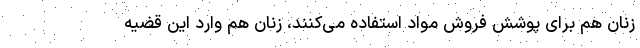
زنان هم برای پوشش فروش مواد استفاده می‌کنند، زنان هم وارد این قضیه